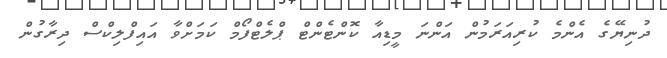
ދުނިޔޭގެ އެންމެ ކުރިއަރަމުން އަންނަ މީޑިއާ ކޮންޓެންޓް ޕްލެޓްފޯމް ކަމަށްވާ އައިފްލިކްސް ދިރާގުން